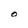
Character: O